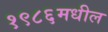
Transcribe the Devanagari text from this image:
१९८६मधील